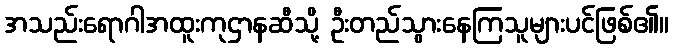
အသည်းရောဂါအထူးကုဌာနဆီသို့ ဦးတည်သွားနေကြသူများပင်ဖြစ်၏။